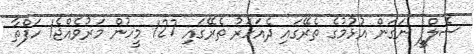
ސެލްފީ ނަގަން އުޅުމުގެ ތެރޭގައި ދެއަހަރު ތެރޭގައި 127 މީހުން މަރުވެއްޖެ1 ހަފްތާ